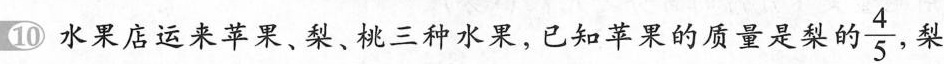
10 水果店运来苹果、梨、桃三种水果，已知苹果的质量是梨的\frac{4}{5}，梨